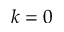
k = 0